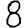
Digit: 8